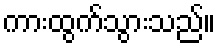
ကားထွက်သွားသည်။